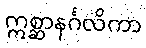
ဣစ္ဆာနင်္ဂလိကာ